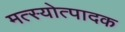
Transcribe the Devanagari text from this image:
मत्स्योत्पादक